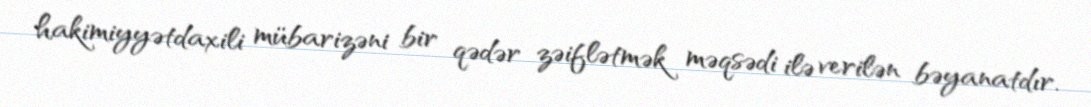
hakimiyyətdaxili mübarizəni bir qədər zəiflətmək məqsədi ilə verilən bəyanatdır.